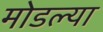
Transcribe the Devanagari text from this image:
मोडल्या